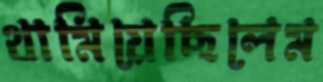
থামিয়েছিলেম